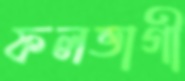
ফলভাগী